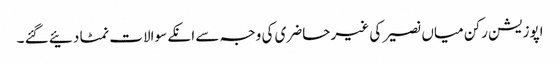
اپوزیشن رکن میاں نصیر کی غیر حاضری کی وجہ سے انکے سوالات نمٹا دئیے گئے ۔